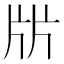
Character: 㸞